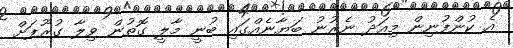
އެ ކުންފުނިން މިއަދު ނެރުނު ބަޔާނެއްގައި ބުނީ މާލީ ގޮތުން ވިލާ ގުރޫޕަށް